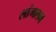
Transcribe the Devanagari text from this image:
लांगलन